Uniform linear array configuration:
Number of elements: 4
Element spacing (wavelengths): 0.25
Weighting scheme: cosine
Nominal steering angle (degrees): -30
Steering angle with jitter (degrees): -29.983
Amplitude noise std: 0.05
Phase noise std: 0.05

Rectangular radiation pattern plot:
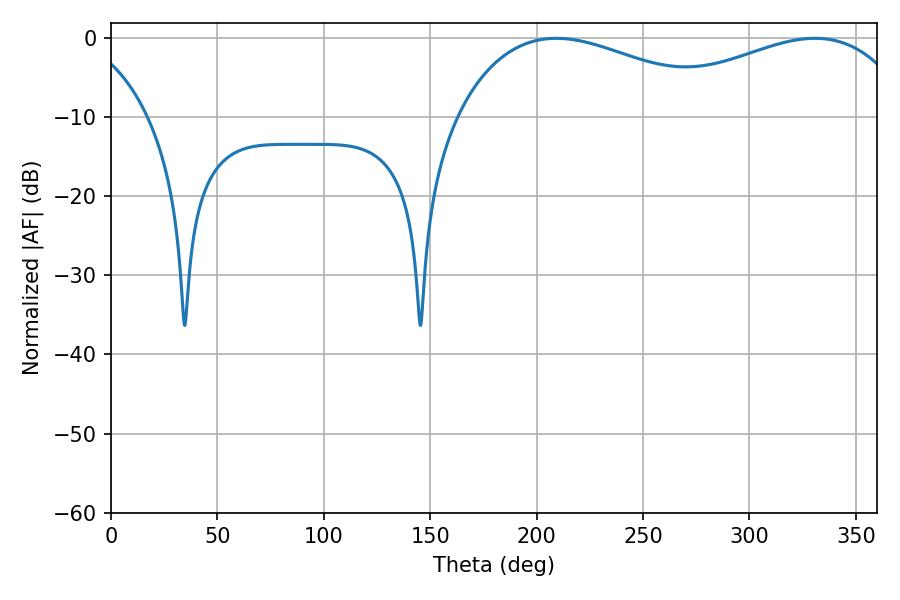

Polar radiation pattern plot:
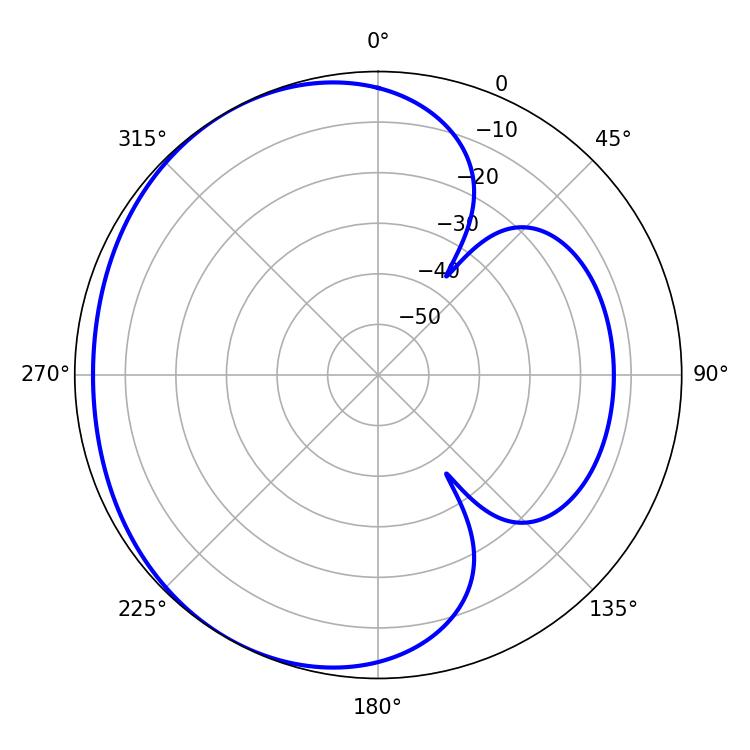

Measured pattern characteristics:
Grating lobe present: FALSE
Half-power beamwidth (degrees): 72.36
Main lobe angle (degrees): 209.16